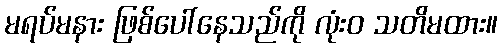
မရပ်မနား ဖြစ်ပေါ်နေသည်ကို လုံးဝ သတိမထား။